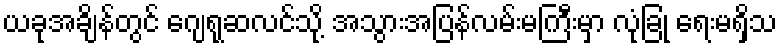
ယခုအချိန်တွင် ဂျေရုဆလင်သို့ အသွားအပြန်လမ်းမကြီးမှာ လုံခြုံ ရေးမရှိသ